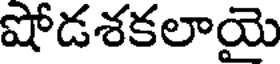
షోడశకలాయె